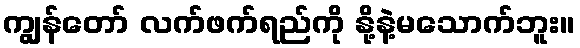
ကျွန်တော် လက်ဖက်ရည်ကို နို့နဲ့မသောက်ဘူး။